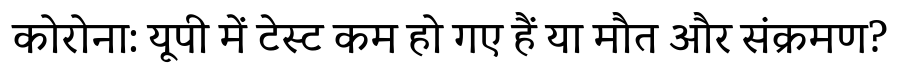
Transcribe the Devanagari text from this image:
कोरोना: यूपी में टेस्ट कम हो गए हैं या मौत और संक्रमण?